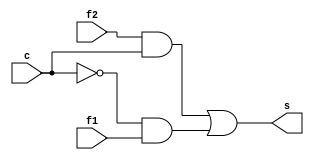
// ------------------------- 
// Exemplo0032 - F4 
// Nome: Luhan Mairinck Reis 
// ------------------------- 

// ------------------------- 
// EX2_gate 
// ------------------------- 

module SEL (output s, input f1, input f2,
             input c); 
wire p1, p2, notc;

and AND1 (p1,f2,c);
not NOT1 (notc,c);
and AND2 (p2,notc,f1);
or OR1 (s,p1, p2); 

endmodule // SEL

module EX2 (output s1,input a, input b,
             input chave);
wire w, w1;

and AND1 (w,a,b);				 				
or OR1 (w1,a,b);
SEL modulo (s1,w,w1,chave);

endmodule // OR1 

module test_EX2; 

// ------------------------- definir dados 

reg x, y, z;  
wire p;

EX2 modulo (p, x, y, z); 

// ------------------------- parte principal 

initial begin 
$display("Exemplo0032 - Luhan Mairinck Reis - 446987"); 
$display("Test LU's module"); 

x = 'b0; y = 'b0; z = 'b0;

// projetar testes do modulo 
#1 $display("\na b chave s"); 
#1 $monitor("%b %b %b     %b" ,x,y,z,p); 

#1 x = 'b0; y = 'b0; z = 'b1;
#1 x = 'b0; y = 'b1; z = 'b0;
#1 x = 'b0; y = 'b1; z = 'b1;
#1 x = 'b1; y = 'b0; z = 'b0;
#1 x = 'b1; y = 'b0; z = 'b1;
#1 x = 'b1; y = 'b1; z = 'b0;
#1 x = 'b1; y = 'b1; z = 'b1;


end 
endmodule // test_f4